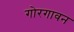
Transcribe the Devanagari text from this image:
गोरगावन